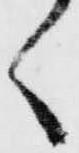
く